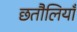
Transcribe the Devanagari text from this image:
छतौलियाँ